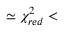
\simeq \chi _ { r e d } ^ { 2 } <